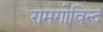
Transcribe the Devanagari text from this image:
रामगोविन्द